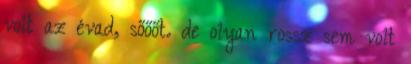
volt az évad, sőőőt. de olyan rossz sem volt